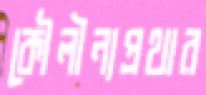
কৌলীন্যপ্রথার